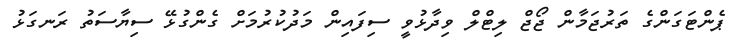
ޕެންޓަގަންގެ ތަރުޖަމާން ޖޯޖް ލިޓްލް ވިދާޅުވީ ސިފައިން މަދުކުރުމަށް ގެންގުޅޭ ސިޔާސަތު ރަނގަޅު